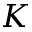
K